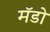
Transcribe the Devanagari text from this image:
मॅडो